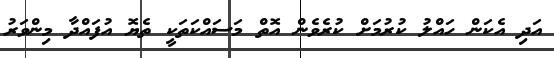
އަދި އެކަން ހައްލު ކުރުމަށް ކުރެވެން އޮތް މަސައްކަތަކީ ތެޔޮ އުފައްދާ މިންވަރު